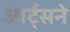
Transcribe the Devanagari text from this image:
आर्ट्‌सने